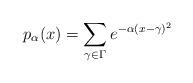
LaTeX: \begin{align*} p_\alpha(x) = \sum_{\gamma \in \Gamma} e^{- \alpha (x - \gamma)^2}\end{align*}